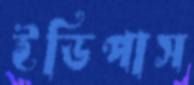
ইডিপাস